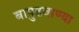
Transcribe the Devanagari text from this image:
बापुडवाण्या